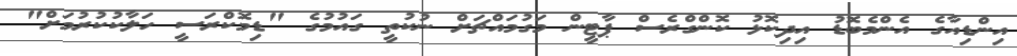
އިންޑިއާގެ އެންމެބޮޑު އިދިކޮޅު ކޮންގްރެސް ޕާޓީން މަގުމައްޗަށް ނުކުތީ ގައުމުގެ "ޑިމޮކްރަސީ ހަލާކުކުރުމަށް"